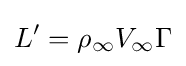
L^{\prime }=\rho _{\infty }V_{\infty }\Gamma